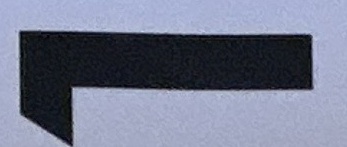
1